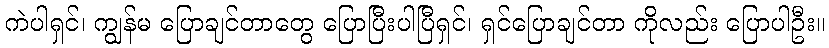
ကဲပါရှင်၊ ကျွန်မ ပြောချင်တာတွေ ပြောပြီးပါပြီရှင်၊ ရှင်ပြောချင်တာ ကိုလည်း ပြောပါဦး။